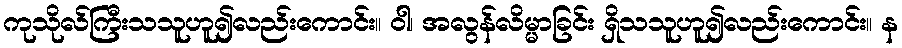
ကုသိုလ်ကြီးသသူဟူ၍လည်းကောင်း။ ဝါ၊ အလွန်လိမ္မာခြင်း ရှိသသူဟူ၍လည်းကောင်း။ န